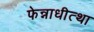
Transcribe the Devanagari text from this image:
फेन्नाधीत्था